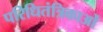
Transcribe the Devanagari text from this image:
परिधितंत्रिकाओं